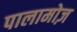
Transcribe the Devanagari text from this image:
पालामोज़